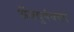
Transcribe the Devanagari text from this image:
ॲक्युपंक्चर